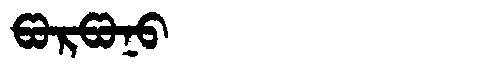
Manchu: ᡦᠣᡵᡦᠣᠨᠣ
Romanization: PORPONO